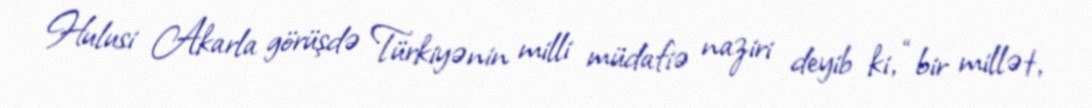
Hulusi Akarla görüşdə Türkiyənin milli müdafiə naziri deyib ki, “bir millət,